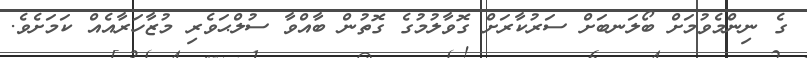
ގެ ނިންމެވުމަށް ބޯލަނބަށް ސަރުކާރަށް ގޮވާލުމުގެ ގޮތުން ބާއްވާ ސުލްޙަވެރި މުޒާހަރާއެއް ކަމަށެވެ.